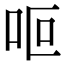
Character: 𠰐